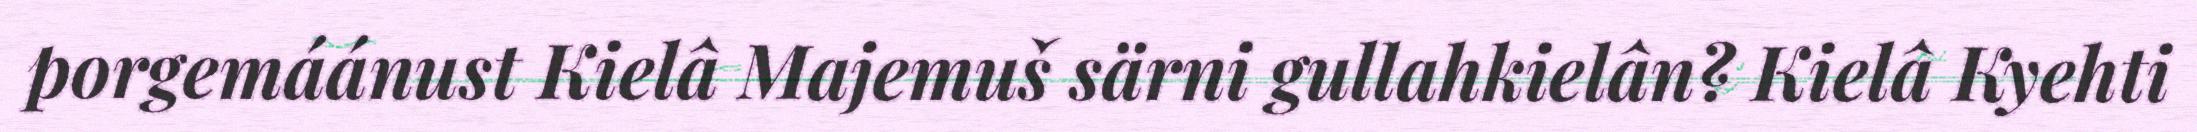
porgemáánust Kielâ Majemuš särni gullahkielân? Kielâ Kyehti